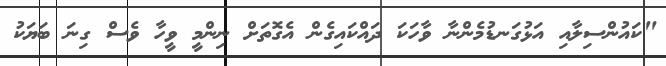
"ކައުންސިލާއި އަޅުގަނޑުމެންނާ ވާހަކަ ދައްކައިގެން އެގޮތަށް ނިންމީ ވީހާ ވެސް ގިނަ ބަޔަކު